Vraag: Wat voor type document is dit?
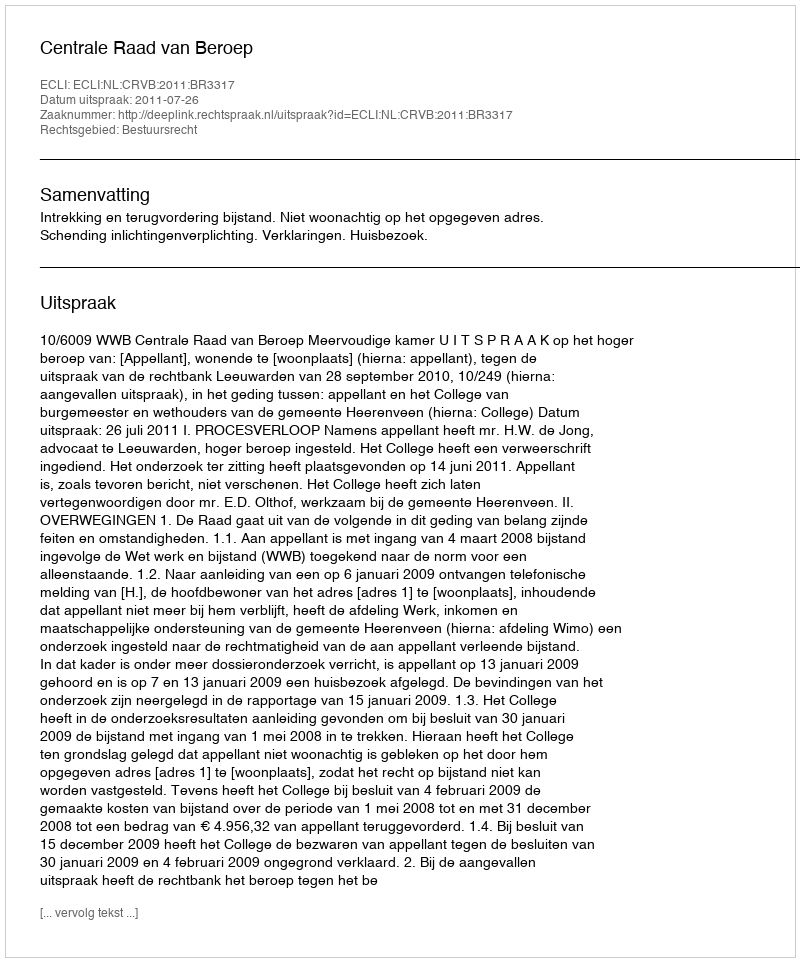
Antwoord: Uitspraak